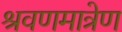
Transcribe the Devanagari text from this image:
श्रवणमात्रेण